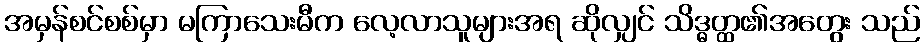
အမှန်စင်စစ်မှာ မကြာသေးမီက လေ့လာသူများအရ ဆိုလျှင် သိဒ္ဓတ္ထ၏အတွေး သည်